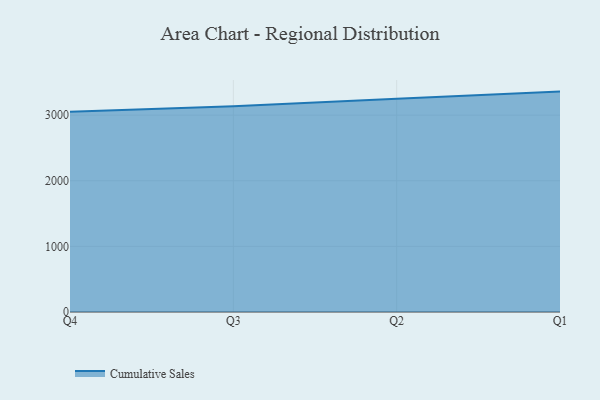
{"axis": {"x": "Quarter", "y": "Demand Index"}, "legend": ["Cumulative Sales"], "data": [{"x": "Q4", "y": 3050.9, "type": "Cumulative Sales"}, {"x": "Q3", "y": 3136.6, "type": "Cumulative Sales"}, {"x": "Q2", "y": 3251.5, "type": "Cumulative Sales"}, {"x": "Q1", "y": 3359.3, "type": "Cumulative Sales"}]}